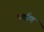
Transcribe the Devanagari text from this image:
पर्याण